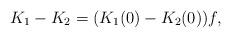
LaTeX: \begin{align*} K_1 -K_2 = (K_1(0) - K_2(0)) f , \end{align*}